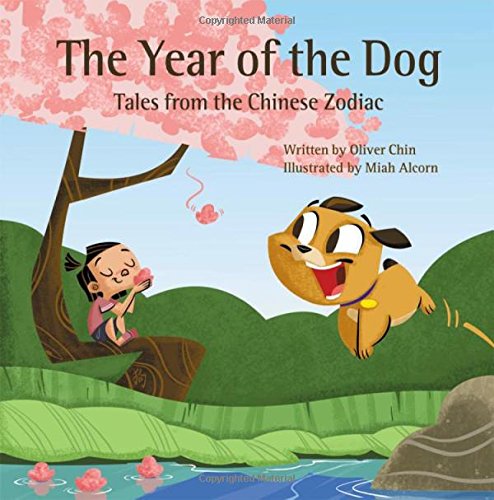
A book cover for The Year of the Dog: Tales from the Chinese Zodiac; Oliver Chin; Children's Books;